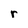
Character: r